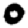
Digit: 0